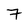
Character: 7